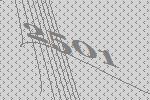
2501